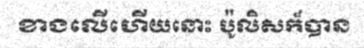
ខាងលើហើយនោះ ប៉ូលិសក៏បាន